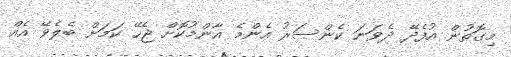
މިގޮތުން އުފެދޭ ދެވަނަ ކެންސަރު އެންމެ އާންމުކޮށް ޖެހޭ ކަމަށް ބެލެވޭ އެއް